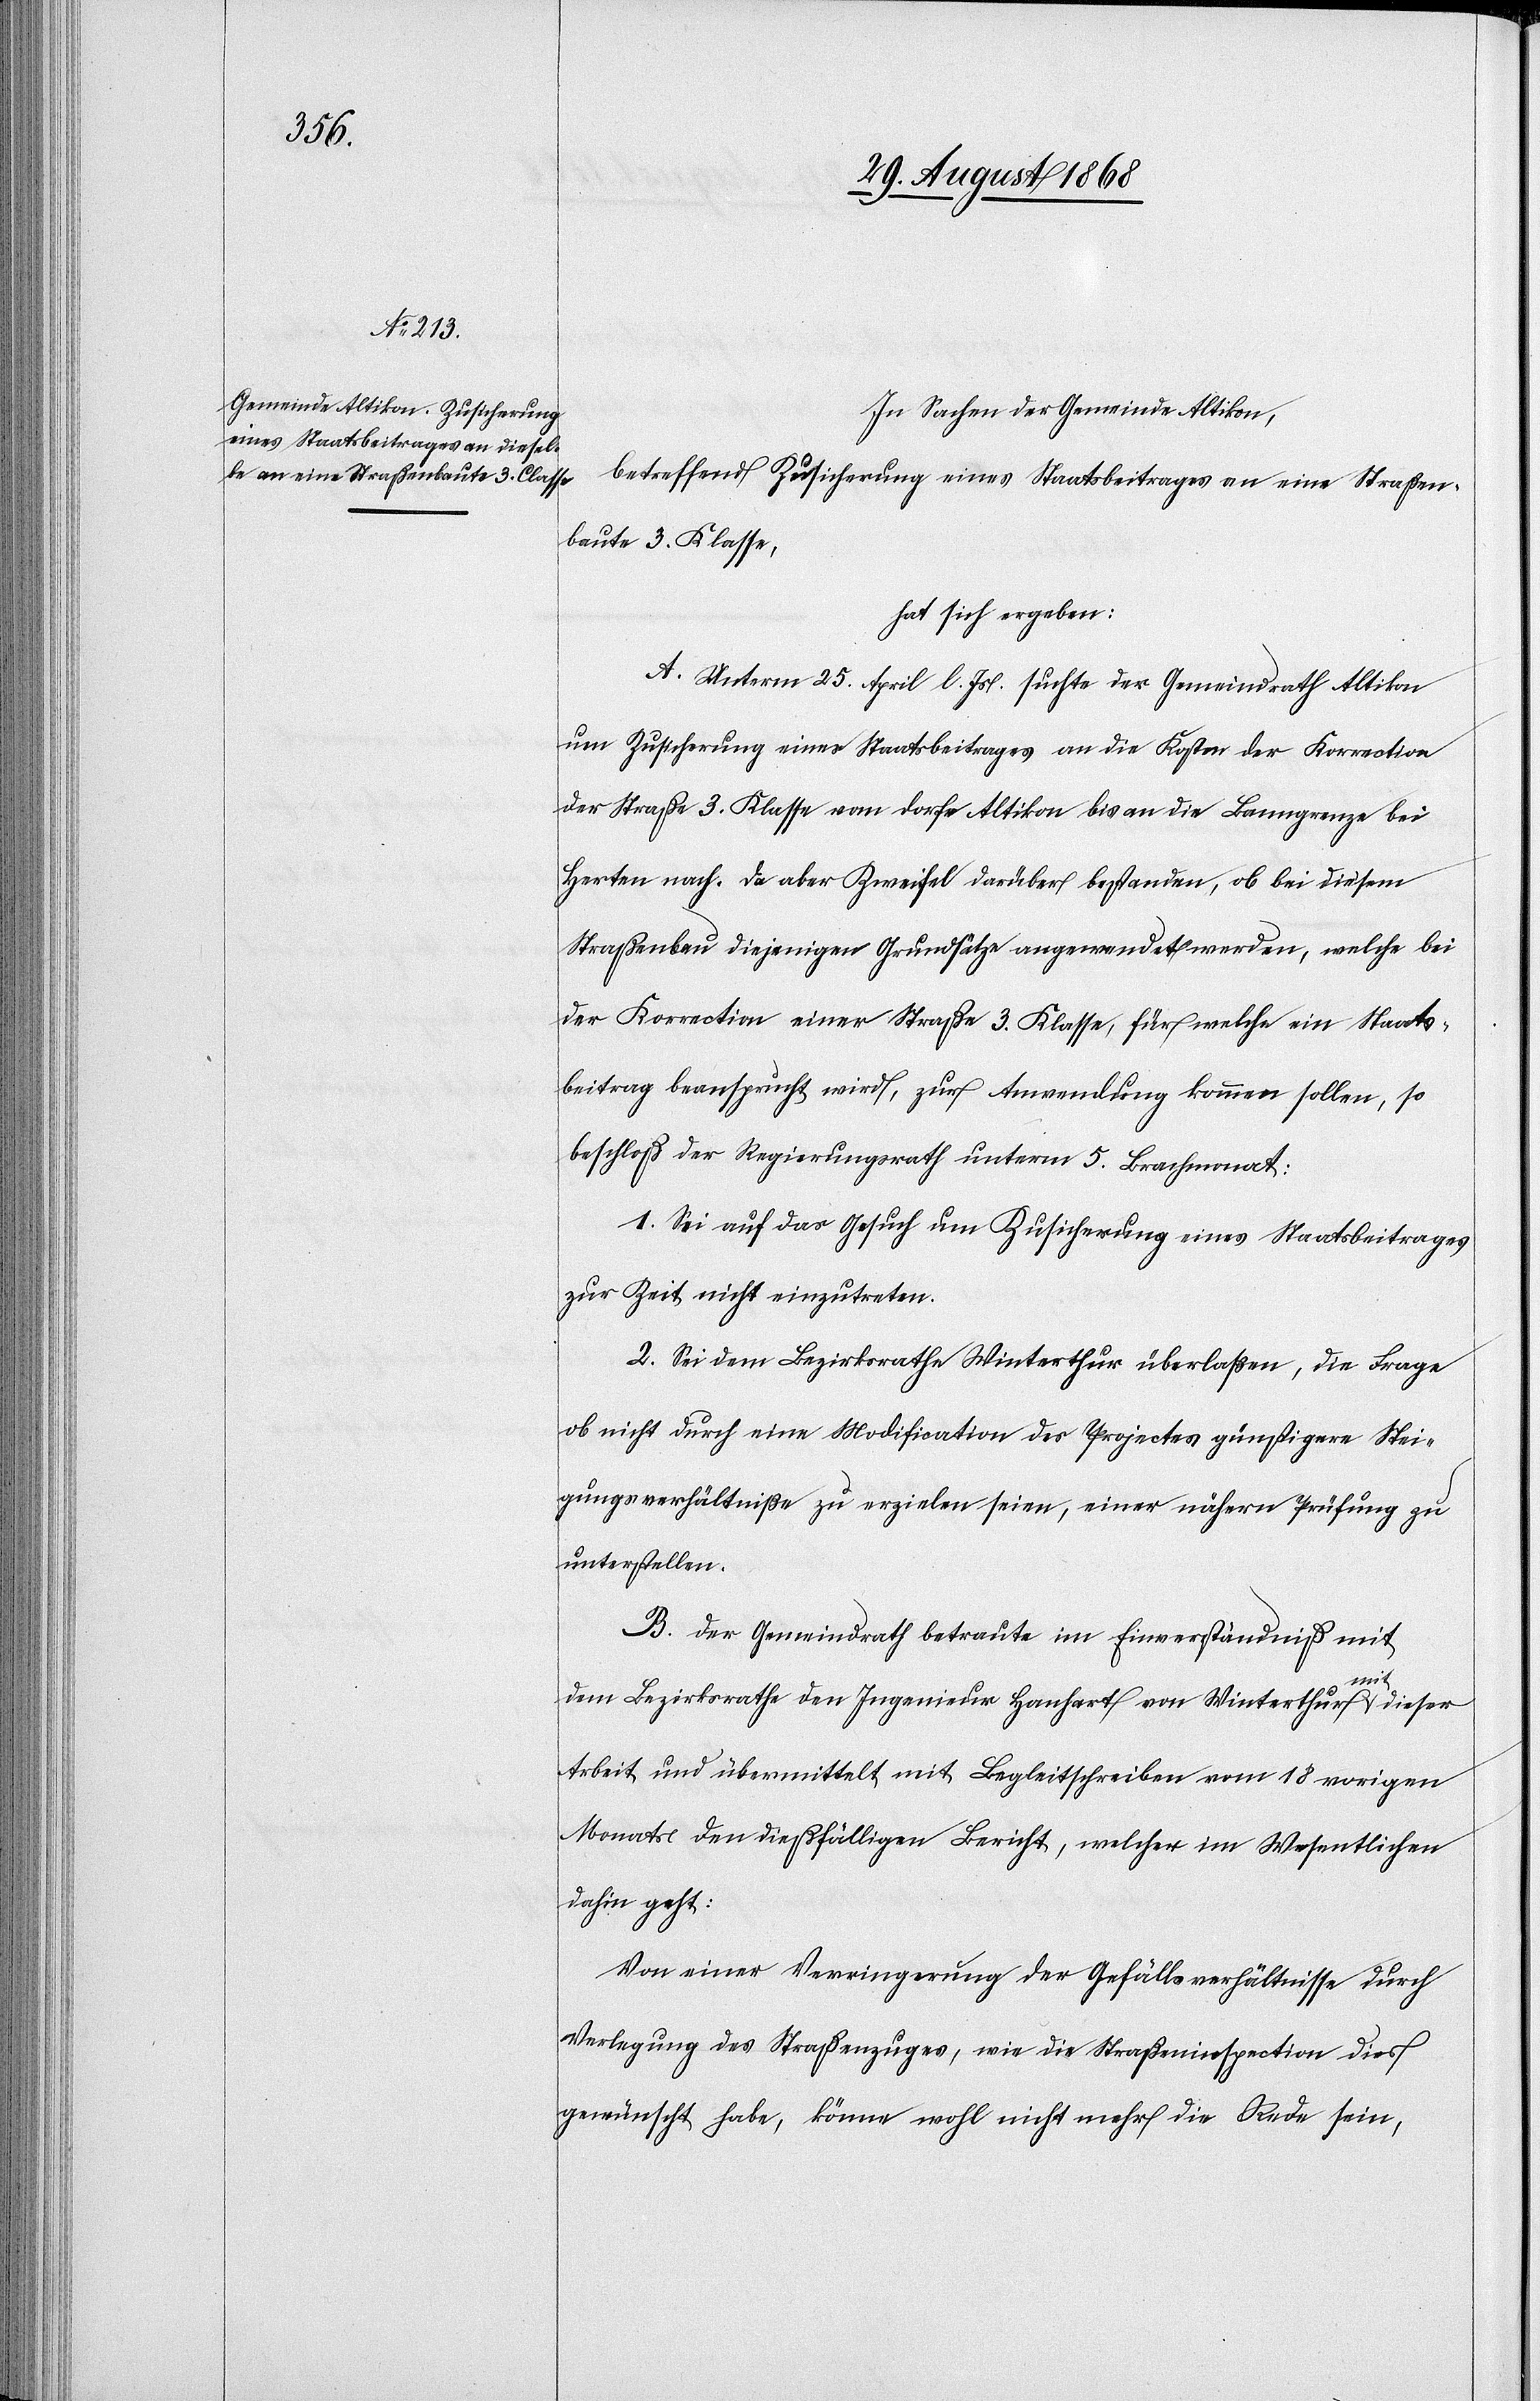
In Sachen der Gemeinde Altikon,
betreffend Zusicherung eines Staatsbeitrages an eine Straßen¬
baute 3. Klasse,
hat sich ergeben:
A. Unterm 25. April l. Js. suchte der Gemeindrath Altikon
um Zusicherung eines Staatsbeitrages an die Kosten der Korrection
der Straße 3. Klasse vom Dorfe Altikon bis an die Banngrenze bei
Herten nach. Da aber Zweifel darüber bestanden, ob bei diesem
Straßenbau diejenigen Grundsätze angewendet werden, welche bei
der Korrection einer Straße 3. Klasse, für welche ein Staats¬
beitrag beansprucht wird, zur Anwendung kommen sollen, so
beschloß der Regierungsrath unterm 5. Brachmonat:
1. Sei auf das Gesuch um Zusicherung eines Staatsbeitrages
zur Zeit nicht einzutreten.
2. Sei dem Bezirksrathe Winterthur überlaßen, die Frage
ob nicht durch eine Modification des Projectes günstigere Stei¬
gungsverhältniße zu erzielen seien, einer nähern Prüfung zu
unterstellen.
B. Der Gemeindrath betraute im Einverständniß mit
dem Bezirksrathe den Ingenieur Hanhart von Winterthur mit dieser
Arbeit und übermittelt mit Begleitschreiben vom 18 vorigen
Monats den dießfälligen Bericht, welcher im Wesentlichen
dahin geht:
Von einer Verringerung der Gefällsverhältnisse durch
Verlegung des Straßenzuges, wie die Straßeninspection dies
gewünscht habe, könne wohl nicht mehr die Rede sein,